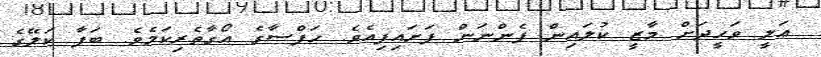
ޢަލީ ވަހީދަށް މާޒީ ކުލައިން ފެންނަން ފަށައިފިއެވެ. ހަފްސާގެ އޯގާތެރިކަމެވެ. ބަފާ ކަލޭގެ